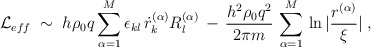
\begin{align*}{\mathcal L}_{eff}\;\sim\; h \rho_0 q \sum_{\alpha = 1}^M \epsilon_{kl} \, \dot{r}^{(\alpha)}_k R^{(\alpha)}_l \,-\, \frac{h^2\rho_0 q^2}{2 \pi m}\,\sum_{\alpha=1}^M \, \ln |\frac{r^{(\alpha)}}{\xi}|\;,\end{align*}